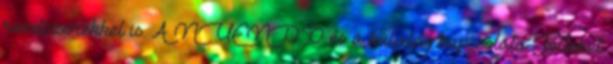
rendszerekkel is. A NUENDO és a külvilág kapcsolata Jóllehet